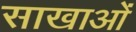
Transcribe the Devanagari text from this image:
साखाओं